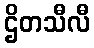
ဌိတသီလီ